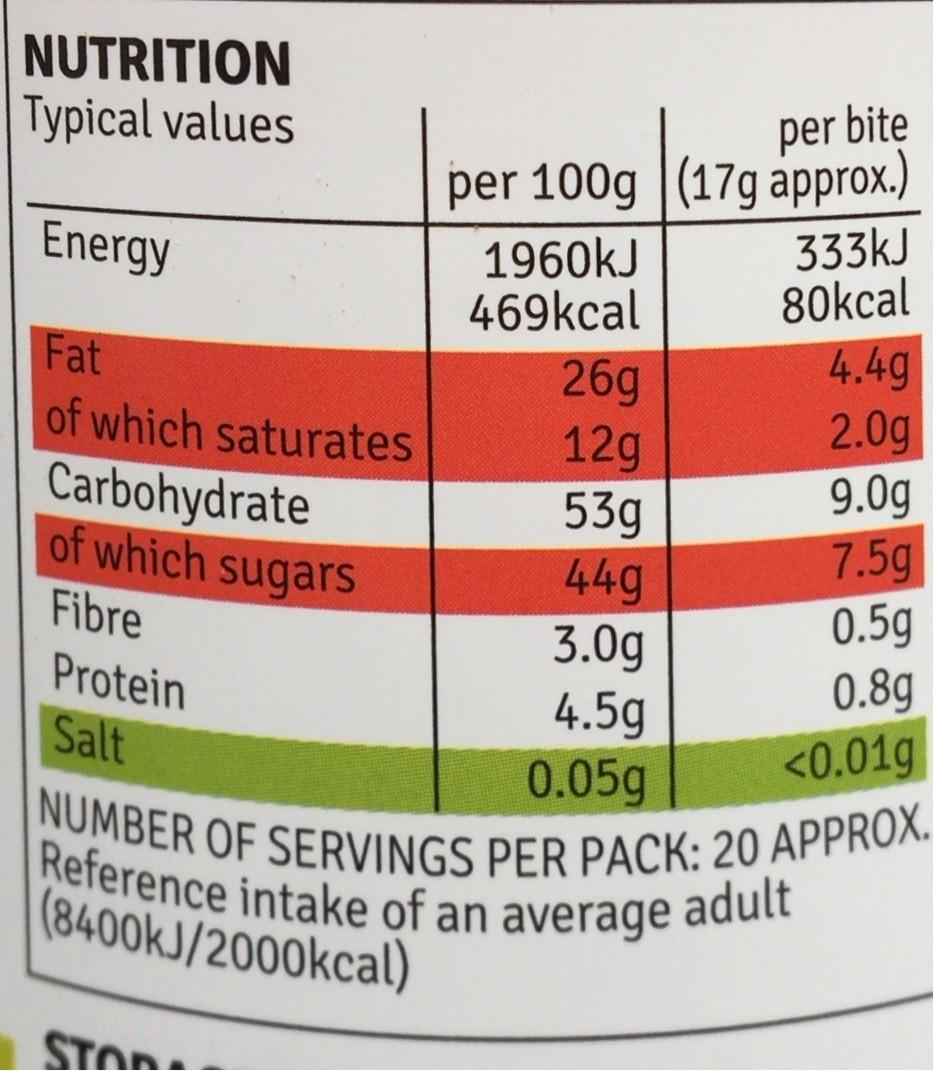
NUTRITION Typical values
per
per bite
per 100g |(17g approx.) 333kJ 80kcal
Energy
1960kJ 469kcal
4.4g 2.0g 9.0g 7.5g 0.5g
Fat
26g 12g 53g 44g 3.0g 4.5g 0.05g
of which saturates
Carbohydrate of which sugars
Fibre
Protein
0.8g
Salt
<0.01g
NUMBER OF SERVINGS PER PACK: 20 APPROX. Reference intake of an average adult (8400KJ/2000kcal)
STON: